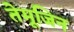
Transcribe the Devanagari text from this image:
तेमूजिन